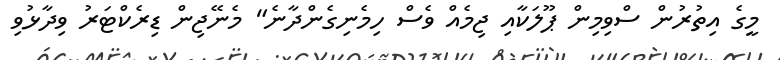
މީގެ އިތުރުން ސްވިމިން ޕޫލަކާއި ޖިމެއް ވެސް ހިމެނިގެންދާނެ" މެނޭޖިން ޑިރެކްޓަރު ވިދާޅުވި